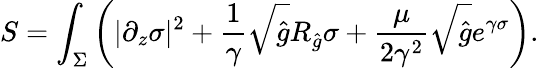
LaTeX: S=\int_{\Sigma}\left(|\partial_{z}\sigma|^{2}+{\frac{1}{\gamma}}\sqrt{\hat{g}}R_{\hat{g}}\sigma+{\frac{\mu}{2\gamma^{2}}}\sqrt{\hat{g}}e^{\gamma\sigma}\right).